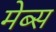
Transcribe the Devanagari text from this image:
मेब्स